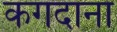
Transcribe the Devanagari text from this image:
कगदाना